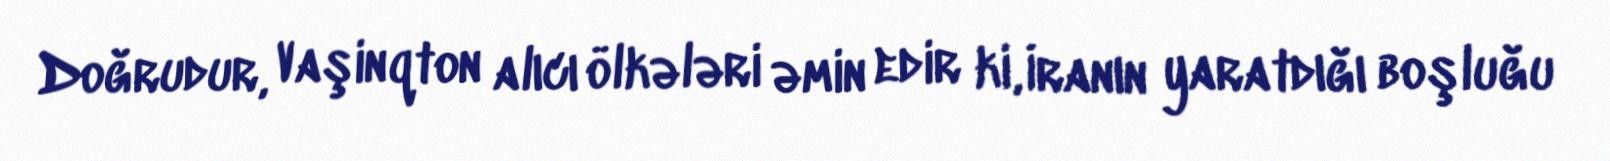
Doğrudur, Vaşinqton alıcı ölkələri əmin edir ki, İranın yaratdığı boşluğu